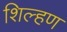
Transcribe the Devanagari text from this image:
शिल्हण